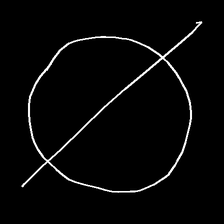
Glyph: orb